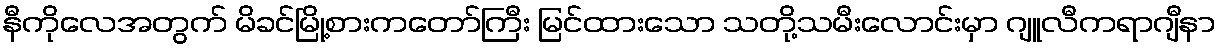
နီကိုလေအတွက် မိခင်မြို့စားကတော်ကြီး မြင်ထားသော သတို့သမီးလောင်းမှာ ဂျူလီကရာဂျီနာ